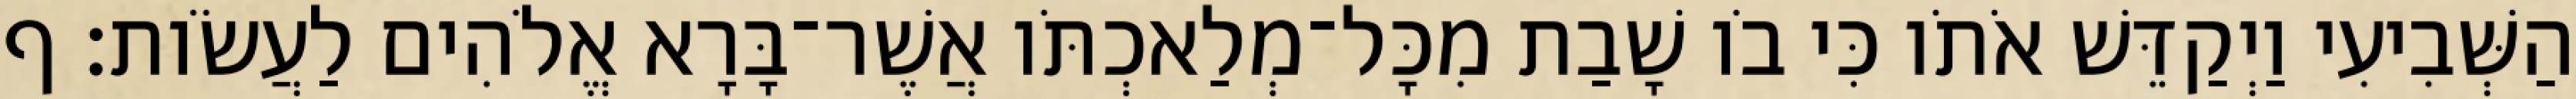
הַשְּׁבִיעִי וַיְקַדֵּשׁ אֹתֹו כִּי בֹו שָׁבַת מִכָּל־מְלַאכְתֹּו אֲשֶׁר־בָּרָא אֱלֹהִים לַעֲשֹׂות׃ ף